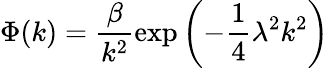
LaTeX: \Phi(k)=\frac{\beta}{k^{2}}\exp\left(-\frac{1}{4}\lambda^{2}k^{2}\right)